Civil Veterinary Dept. North-West Frontier Province 1933-46 - 1933-1946
Year: 1933
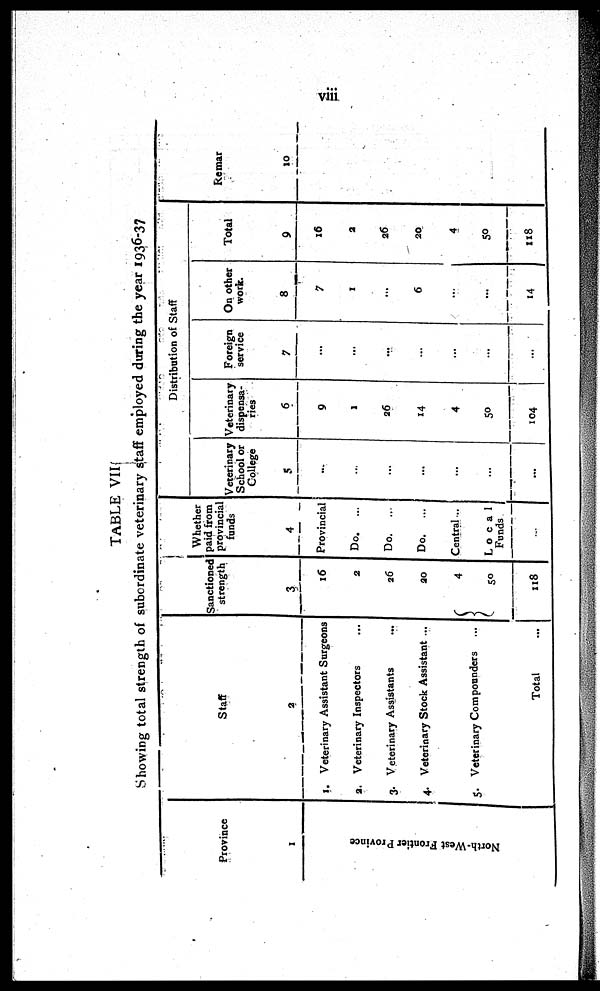
viii
TABLE VII
Showing total strength of subordinate veterinary staff employed during the year 1936-37
Province
1
North-West Frontier Province
Staff
2
1. Veterinary Assistant Surgeons
2. Veterinary Inspectors ...
3. Veterinary Assistants ...
4. Veterinary Stock Assistant ...
5. Veterinary Compounders ...
Total ...
Sanctioned
strength
3
16
2
26
20
4
50
118
Whether
paid from
provincial
funds
4
Provincial
Do.
...
Do.
...
Do.
...
Central ...
Local
Funds
...
Veterinary
School or
College
5
...
...
...
...
...
...
Distribution of Staff
Veterinary
dispensa-
ries
6
9
1
26
14
4
50
104
Foreign
service
7
...
...
...
...
...
...
...
On other
work.
8
7
1
...
6
...
...
14
Total
9
16
2
26
20
4
50
118
Remarks
10